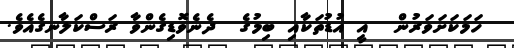
ހަމަކަށަވަރުން  އީ އުޑުތަކާއި ބިމުގެ  ދެނެވޮޑިގެންވާ ރަސްކަލާނގެއެވެ.